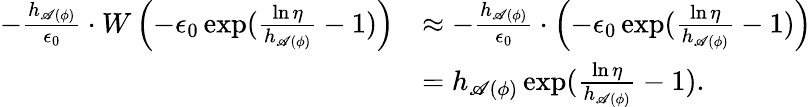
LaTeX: \begin{array}{rl}{-\frac{h_{\mathscr{A}(\phi)}}{\epsilon_{0}}\cdot W\left(-\epsilon_{0}\exp(\frac{\ln\eta}{h_{\mathscr{A}(\phi)}}-1)\right)}&{\approx-\frac{h_{\mathscr{A}(\phi)}}{\epsilon_{0}}\cdot\left(-\epsilon_{0}\exp(\frac{\ln\eta}{h_{\mathscr{A}(\phi)}}-1)\right)}\\ &{=h_{\mathscr{A}(\phi)}\exp(\frac{\ln\eta}{h_{\mathscr{A}(\phi)}}-1).}\end{array}